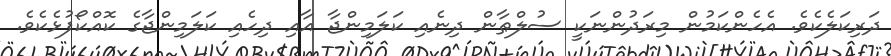
ދަރިކަލެކެވެ. އެހެންކަމުން މިރަދުންނަކީ ސުލްޠާން ދިނެއި ކަލަމިންޖާ އާއި ދިހެއި ކަލަމިންޖާގެ ކޮއްކޯފުޅެކެވެ.